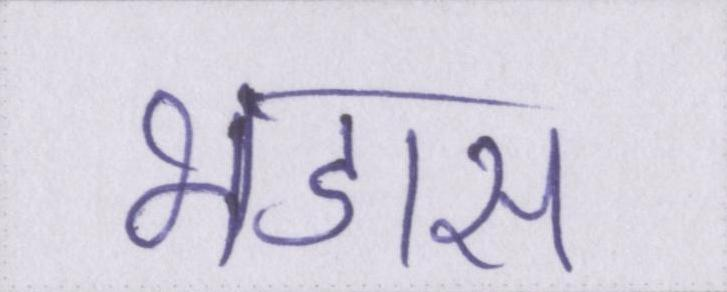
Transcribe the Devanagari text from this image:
भडास